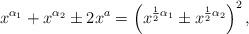
LaTeX: \begin{align*} x^{\alpha_1} + x^{\alpha_2} \pm 2x^a = \left(x^{\frac{1}{2}\alpha_1} \pm x^{\frac{1}{2}\alpha_2}\right)^2,\end{align*}